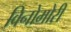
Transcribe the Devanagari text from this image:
विनोमोरी